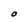
Character: O